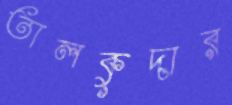
তালকুদার